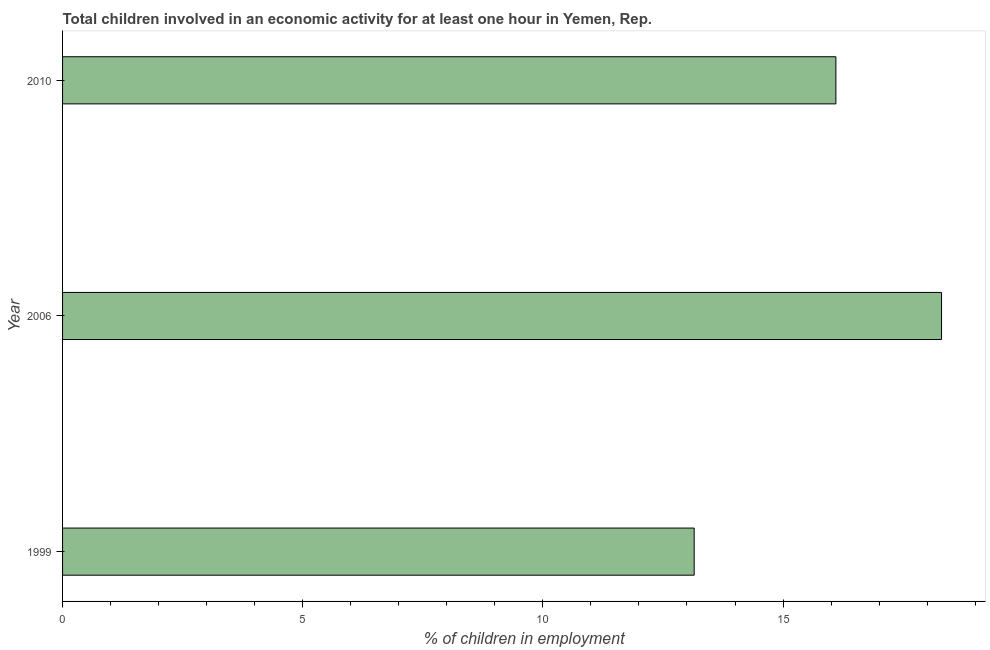
| Year | Children in employment |
 | --- | --- |
 | 1999 | 13.1 |
 | 2006 | 18.3 |
 | 2010 | 16.1 |